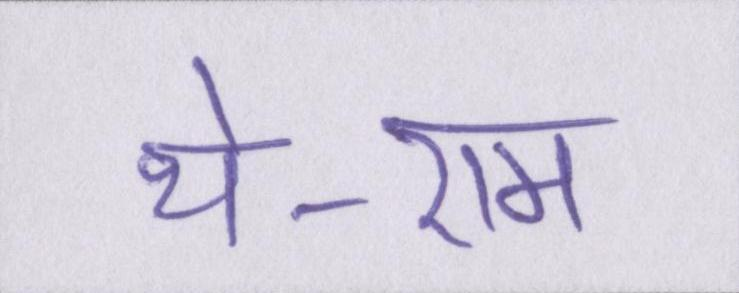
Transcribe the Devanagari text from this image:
थे-राम